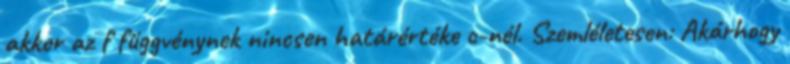
akkor az f függvénynek nincsen határértéke c-nél. Szemléletesen: Akárhogy